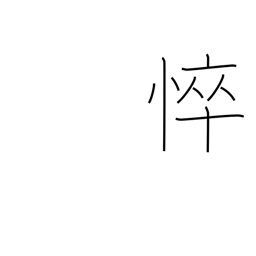
Meaning: becoming emaciated